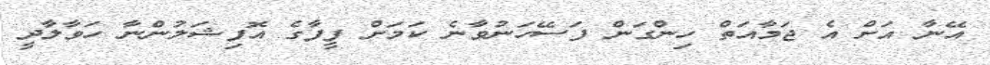
އޭނާ އަށް އެ ޖަމާއަތް ހިންގަން ފަސޭހަނުވާނެ ކަމަށް ފީފާގެ އޮފިޝަލުންނާ ހަވާލާދީ